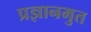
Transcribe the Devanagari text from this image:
प्रज्ञानमुत